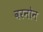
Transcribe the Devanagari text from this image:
वरनोन